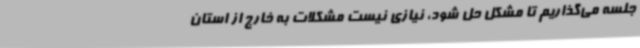
جلسه می‌گذاریم تا مشکل حل شود، نیازی نیست مشکلات به خارج از استان